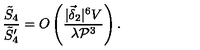
\frac { \tilde { S } _ { 4 } } { \tilde { S } _ { 4 } ^ { \prime } } = O \left( \frac { | \vec { \delta } _ { 2 } | ^ { 6 } V } { \lambda { \cal P } ^ { 3 } } \right) .